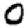
Digit: 0